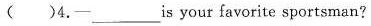
( ) 4. —— ___ is your favorite sportsman?